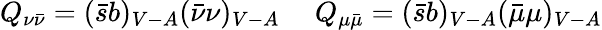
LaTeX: Q_{\nu\bar{\nu}}=(\bar{s}b)_{V-A}(\bar{\nu}\nu)_{V-A}~~~~~Q_{\mu\bar{\mu}}=(\bar{s}b)_{V-A}(\bar{\mu}\mu)_{V-A}